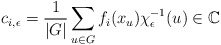
\begin{align*} c_{i,\epsilon} = \frac{1}{|G|} \sum_{u \in G} f_i(x_u) \chi_\epsilon^{-1}(u) \in \mathbb{C} \end{align*}